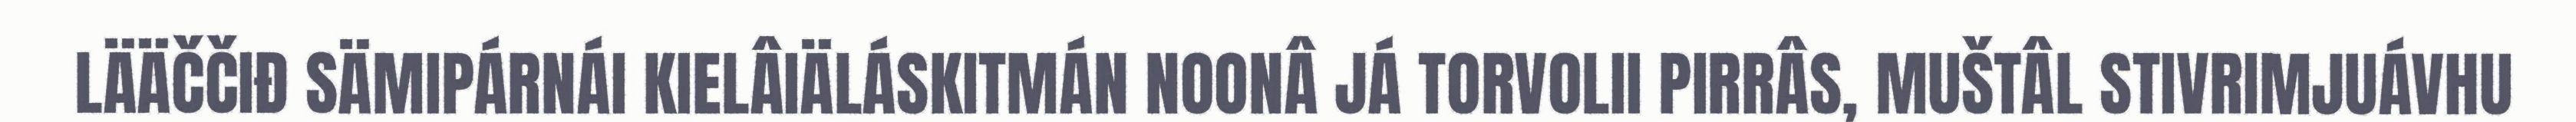
LÄÄČČIĐ SÄMIPÁRNÁI KIELÂIÄLÁSKITMÁN NOONÂ JÁ TORVOLII PIRRÂS, MUŠTÂL STIVRIMJUÁVHU